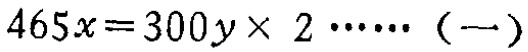
\(465x = 300y\times 2\cdots\cdots（一）\)